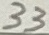
Text: 33